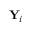
\mathbf { Y } _ { i }